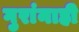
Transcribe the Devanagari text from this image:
गुरांनाही